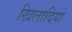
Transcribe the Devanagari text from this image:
खिलादियो